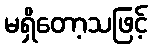
မရှိတော့သဖြင့်